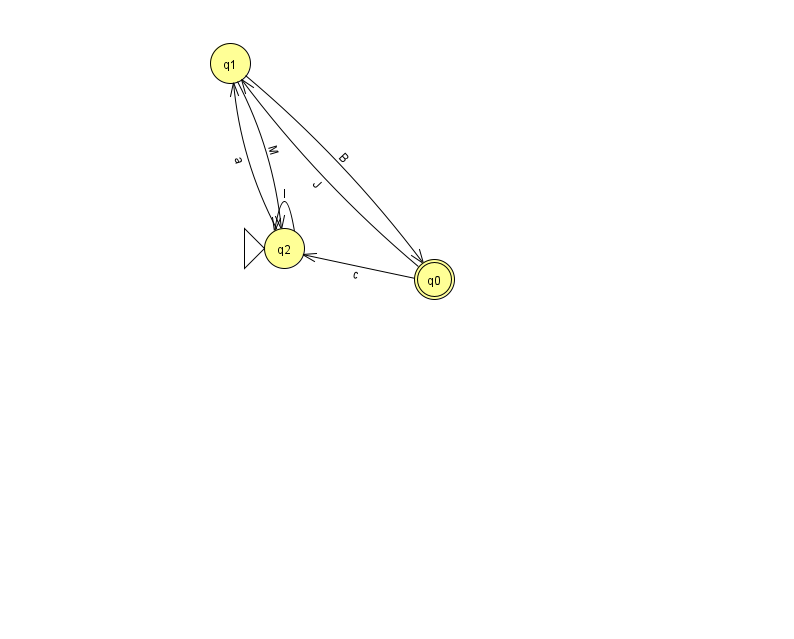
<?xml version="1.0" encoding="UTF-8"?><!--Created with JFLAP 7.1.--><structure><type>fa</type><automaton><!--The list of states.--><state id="0" name="q0"><x>434.0</x><y>266.0</y><final/></state><state id="1" name="q1"><x>230.0</x><y>50.0</y></state><state id="2" name="q2"><x>284.0</x><y>235.0</y><initial/></state><!--The list of transitions.--><transition><from>0</from><to>2</to><read>c</read></transition><transition><from>0</from><to>1</to><read>J</read></transition><transition><from>1</from><to>2</to><read>M</read></transition><transition><from>2</from><to>2</to><read>I</read></transition><transition><from>2</from><to>1</to><read>a</read></transition><transition><from>1</from><to>0</to><read>B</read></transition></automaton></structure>